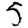
Digit: 5